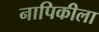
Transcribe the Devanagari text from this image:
नापिकीला